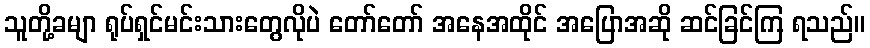
သူတို့ခမျာ ရုပ်ရှင်မင်းသားတွေလိုပဲ တော်တော် အနေအထိုင် အပြောအဆို ဆင်ခြင်ကြ ရသည်။